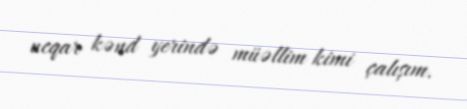
ucqar kənd yerində müəllim kimi çalışım.